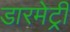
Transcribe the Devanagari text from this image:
डारमेट्री